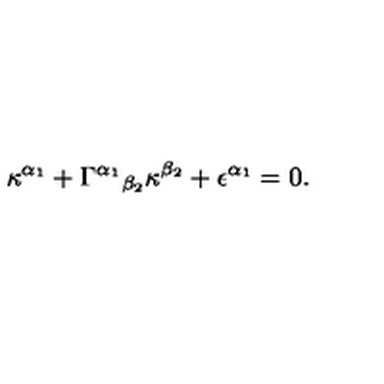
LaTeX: \kappa ^ { \alpha _ { 1 } } + \Gamma ^ { \alpha _ { 1 } } { } _ { \beta _ { 2 } } \kappa ^ { \beta _ { 2 } } + \epsilon ^ { \alpha _ { 1 } } = 0 .